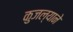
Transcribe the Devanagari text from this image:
कुजल्याने